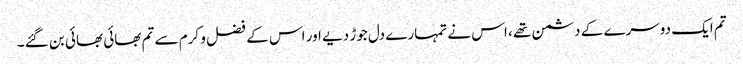
تم ایک دوسرے کے دشمن تھے ، اس نے تمہارے دل جوڑ دیے اور اس کے فضل و کرم سے تم بھائی بھائی بن گئے ۔